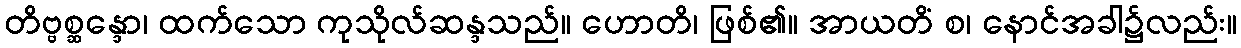
တိဗ္ဗစ္ဆန္ဒော၊ ထက်သော ကုသိုလ်ဆန္ဒသည်။ ဟောတိ၊ ဖြစ်၏။ အာယတိံ စ၊ နောင်အခါ၌လည်း။